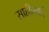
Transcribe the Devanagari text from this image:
साहीत्याचे